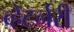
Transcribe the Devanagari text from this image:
व्हेटर्नरी